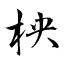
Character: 柍